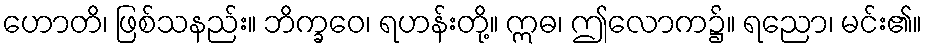
ဟောတိ၊ ဖြစ်သနည်း။ ဘိက္ခဝေ၊ ရဟန်းတို့။ ဣဓ၊ ဤလောက၌။ ရညော၊ မင်း၏။